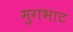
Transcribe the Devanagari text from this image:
मुगभाट